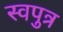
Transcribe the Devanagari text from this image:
स्वपुत्र